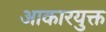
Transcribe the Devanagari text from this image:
आकारयुक्त